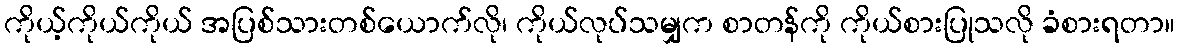
ကိုယ့်ကိုယ်ကိုယ် အပြစ်သားတစ်ယောက်လို၊ ကိုယ်လုပ်သမျှက စာတန်ကို ကိုယ်စားပြုသလို ခံစားရတာ။